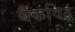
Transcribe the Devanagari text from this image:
बैंकविउ